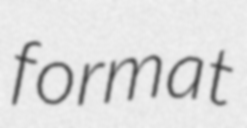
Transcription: format